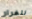
للفرار